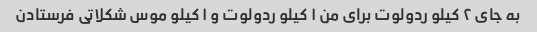
به جای ۲ کیلو ردولوت برای من ۱ کیلو ردولوت و ۱ کیلو موس شکلاتی فرستادن